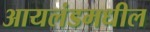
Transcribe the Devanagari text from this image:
आयलंडमधील